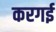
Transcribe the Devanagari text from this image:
करगई